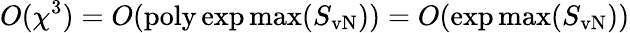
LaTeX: O(\chi^{3})=O(\mathrm{poly}\exp\operatorname*{max}(S_{\mathrm{vN}}))=O(\exp\operatorname*{max}(S_{\mathrm{vN}}))